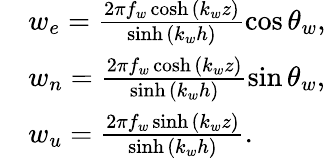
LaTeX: \begin{array}{rl}&{w_{e}=\frac{2\pi f_{w}\cosh{(k_{w}z)}}{\sinh{(k_{w}h)}}\cos{\theta_{w}},}\\ &{w_{n}=\frac{2\pi f_{w}\cosh{(k_{w}z)}}{\sinh{(k_{w}h)}}\sin{\theta_{w}},}\\ &{w_{u}=\frac{2\pi f_{w}\sinh{(k_{w}z)}}{\sinh{(k_{w}h)}}.}\end{array}